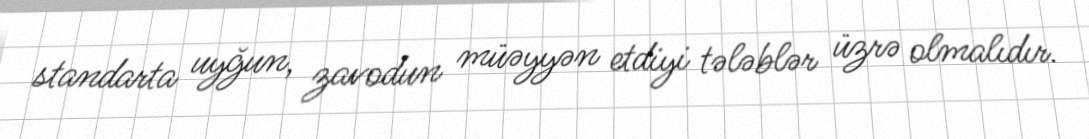
standarta uyğun, zavodun müəyyən etdiyi tələblər üzrə olmalıdır.